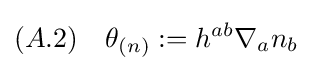
(A.2)\quad \theta _{(n)}:=h^{ab}\nabla _{a}n_{b}\;